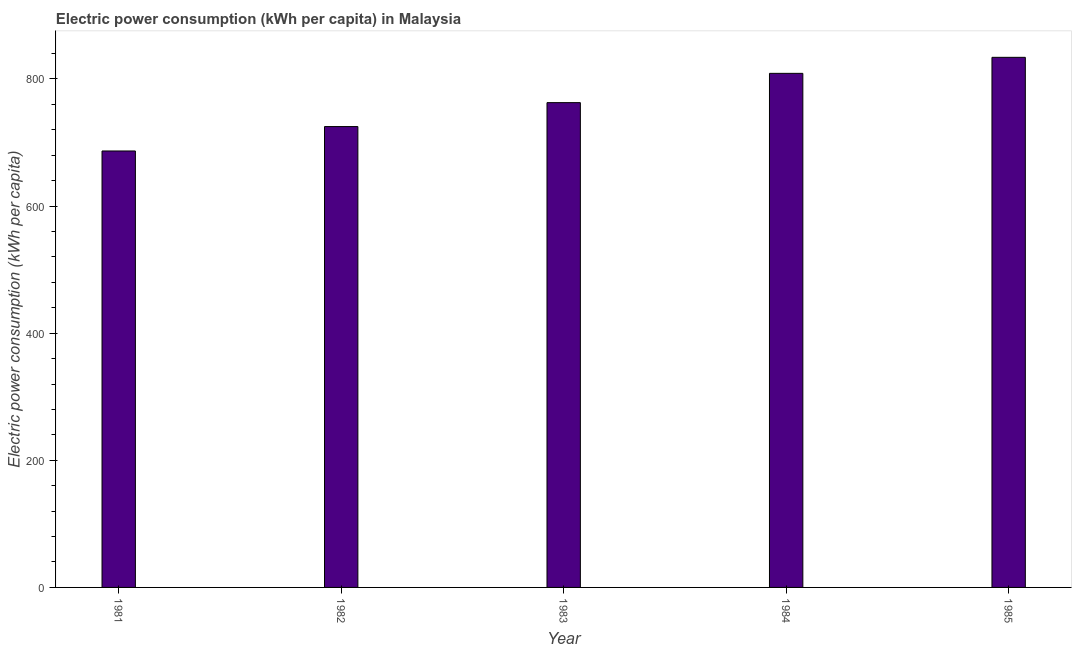
| Year | Electric power consumption |
 | --- | --- |
 | 1981 | 687 |
 | 1982 | 725 |
 | 1983 | 763 |
 | 1984 | 809 |
 | 1985 | 834 |